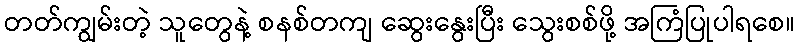
တတ်ကျွမ်းတဲ့ သူတွေနဲ့ စနစ်တကျ ဆွေးနွေးပြီး သွေးစစ်ဖို့ အကြံပြုပါရစေ။